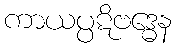
ကာယပ္ပဋိဗဒ္ဓေန